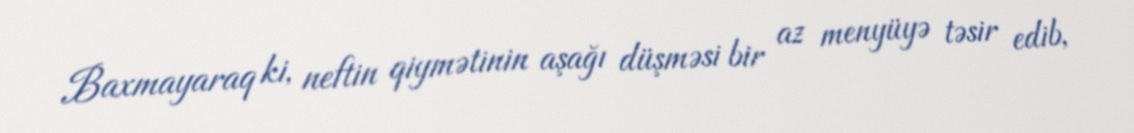
Baxmayaraq ki, neftin qiymətinin aşağı düşməsi bir az menyüyə təsir edib,